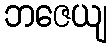
ဘဇေယျ